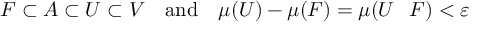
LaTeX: F \subset A \subset U \subset V \quad { \mathrm { a n d } } \quad \mu ( U ) - \mu ( F ) = \mu ( U \setminus F ) < \varepsilon